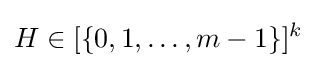
H\in [\{0,1,\ldots ,m-1\}]^{k}